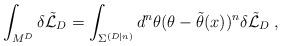
LaTeX: \begin{align*} \int_{M^{D}} \delta\tilde{{\cal L}}_D = \int_{{\Sigma}^{(D|n)}} d^n\theta (\theta -\tilde{\theta}(x))^n \delta\tilde{{\cal L}}_D \; ,\end{align*}